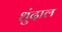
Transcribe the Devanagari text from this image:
धुंदाल